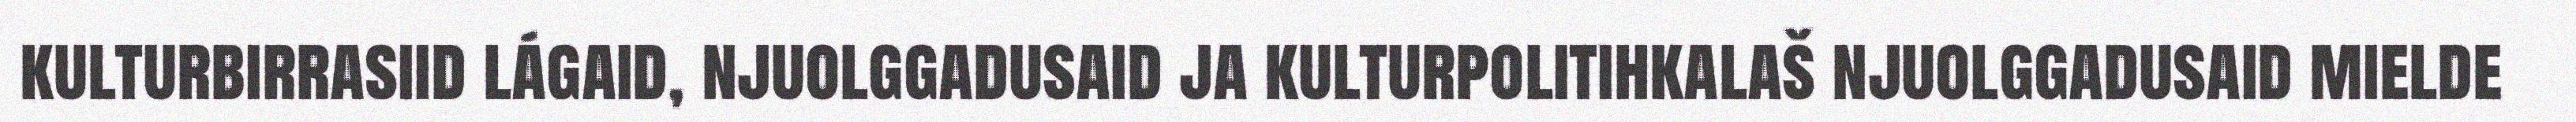
kulturbirrasiid lágaid, njuolggadusaid ja kulturpolitihkalaš njuolggadusaid mielde